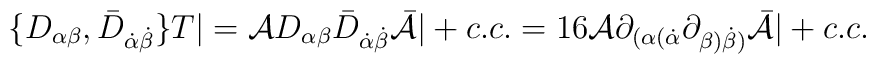
\{D_{\alpha\beta}, {\bar D}_{\dot\alpha\dot\beta} \} T |  = {\cal A} D_{\alpha\beta} {\bar D}_{\dot\alpha\dot\beta}{\bar{\cal A}}  |   +  c.c.= 16   {\cal A} \partial_{(\alpha(\dot\alpha}\partial_{\beta) \dot\beta)} {\bar{\cal A}}  | + c.c.